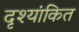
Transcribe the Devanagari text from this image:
दृश्यांकित